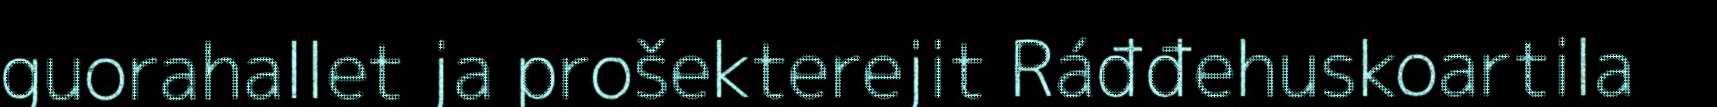
guorahallet ja prošekterejit Ráđđehuskoartila